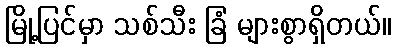
မြို့ပြင်မှာ သစ်သီး ခြံ များစွာရှိတယ်။